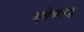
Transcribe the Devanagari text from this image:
एनेबल्‍ड